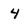
Character: 4